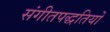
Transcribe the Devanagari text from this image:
संगीतपद्धतियों